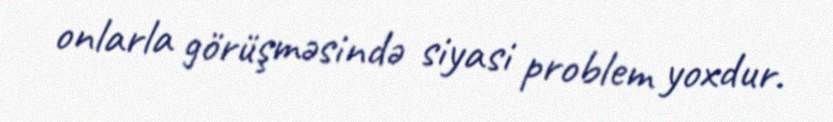
onlarla görüşməsində siyasi problem yoxdur.